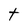
Character: t